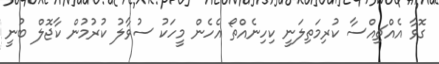
ގޮވާ އެއްޗިއްސާ ކުރިމަތިލަނީ ކިހިނެއްތޯ އެހެން މީހަކު ސުވާލު ކުރުމުން ކާޖޮލް ބުނީ